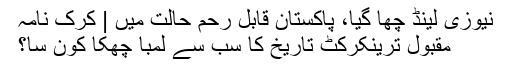
نیوزی لینڈ چھا گیا، پاکستان قابل رحم حالت میں | کرک نامہ
مقبول ترینکرکٹ تاریخ کا سب سے لمبا چھکا کون سا؟